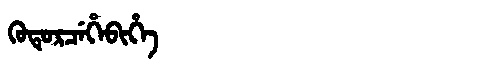
Manchu: ᡴᡠᡨᡠᡵᠴᡝᡥᡝᠪᡳᡥᡝ
Romanization: KUTURCEHEBIHE